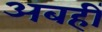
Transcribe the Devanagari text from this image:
अबहीं